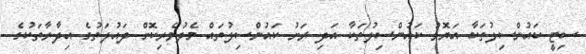
ސިޓީ ކައުންސިލުތަކާ އަޔޮޅު ކައުންސިލުތަކާ އަދި ރަށު ކައުންސިލުތައް މެދުވެރިކޮށް ދައުލަތުގެ އިދާރާތަކުގެ